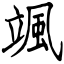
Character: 颯